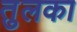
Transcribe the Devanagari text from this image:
तुलका